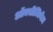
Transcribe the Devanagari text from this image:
ऑक्सीजिनेज़